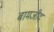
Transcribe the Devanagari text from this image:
बामजीद